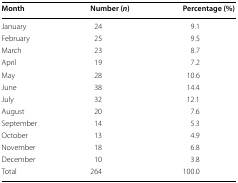
<table><thead><tr><td><b>Month</b></td><td><b>Number (<i>n</i>)</b></td><td><b>Percentage (%)</b></td></tr></thead><tbody><tr><td>January</td><td>24</td><td>9.1</td></tr><tr><td>February</td><td>25</td><td>9.5</td></tr><tr><td>March</td><td>23</td><td>8.7</td></tr><tr><td>April</td><td>19</td><td>7.2</td></tr><tr><td>May</td><td>28</td><td>10.6</td></tr><tr><td>June</td><td>38</td><td>14.4</td></tr><tr><td>July</td><td>32</td><td>12.1</td></tr><tr><td>August</td><td>20</td><td>7.6</td></tr><tr><td>September</td><td>14</td><td>5.3</td></tr><tr><td>October</td><td>13</td><td>4.9</td></tr><tr><td>November</td><td>18</td><td>6.8</td></tr><tr><td>December</td><td>10</td><td>3.8</td></tr><tr><td>Total</td><td>264</td><td>100.0</td></tr></tbody></table>